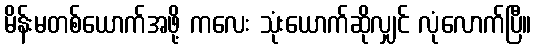
မိန်းမတစ်ယောက်အဖို့ ကလေး သုံးယောက်ဆိုလျှင် လုံလောက်ပြီ။